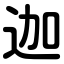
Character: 迦